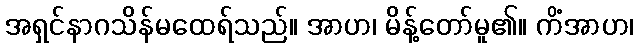
အရှင်နာဂသိန်မထေရ်သည်။ အာဟ၊ မိန့်တော်မူ၏။ ကိံအာဟ၊